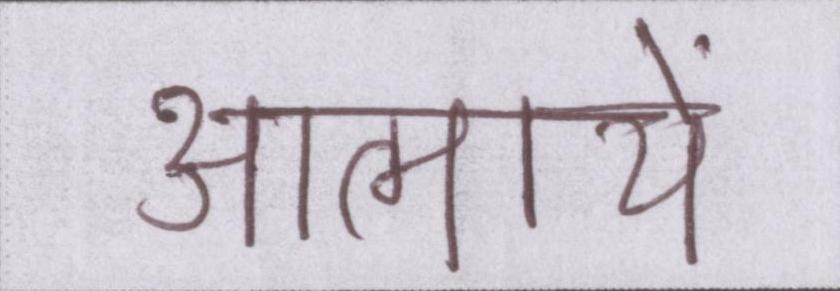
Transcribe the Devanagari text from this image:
आत्मायें